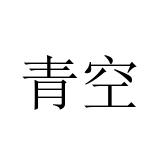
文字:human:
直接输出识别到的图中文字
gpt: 青空